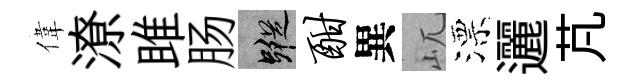
偉潦雎肠蹤酣異屼漂邐芃